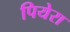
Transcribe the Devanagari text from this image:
पियेरा